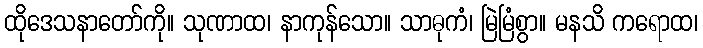
ထိုဒေသနာတော်ကို။ သုဏာထ၊ နာကုန်သော။ သာဓုကံ၊ မြဲမြံစွာ။ မနသိ ကရောထ၊